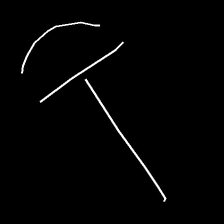
Glyph: dispersion